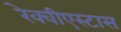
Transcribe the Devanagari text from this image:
रेक्वीएस्टास